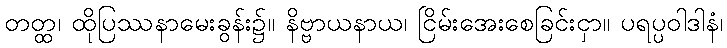
တတ္ထ၊ ထိုပြဿနာမေးခွန်း၌။ နိဗ္ဗာယနာယ၊ ငြိမ်းအေးစေခြင်းငှာ။ ပရပ္ပဝါဒါနံ၊